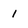
Character: 1